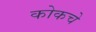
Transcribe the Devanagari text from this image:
कोकचे